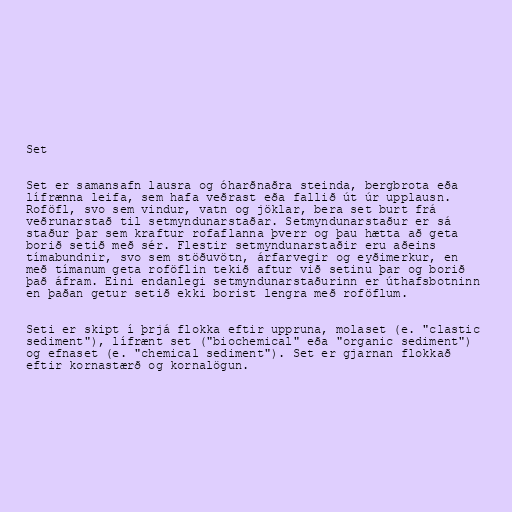
Set

Set er samansafn lausra og óharðnaðra steinda, bergbrota eða
lífrænna leifa, sem hafa veðrast eða fallið út úr upplausn.
Roföfl, svo sem vindur, vatn og jöklar, bera set burt frá
veðrunarstað til setmyndunarstaðar. Setmyndunarstaður er sá
staður þar sem kraftur rofaflanna þverr og þau hætta að geta
borið setið með sér. Flestir setmyndunarstaðir eru aðeins
tímabundnir, svo sem stöðuvötn, árfarvegir og eyðimerkur, en
með tímanum geta roföflin tekið aftur við setinu þar og borið
það áfram. Eini endanlegi setmyndunarstaðurinn er úthafsbotninn
en þaðan getur setið ekki borist lengra með roföflum.

Seti er skipt í þrjá flokka eftir uppruna, molaset (e. "clastic
sediment"), lífrænt set ("biochemical" eða "organic sediment")
og efnaset (e. "chemical sediment"). Set er gjarnan flokkað
eftir kornastærð og kornalögun.